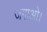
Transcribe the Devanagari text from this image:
जगाओ।